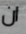
ان